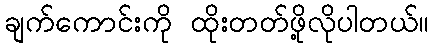
ချက်ကောင်းကို ထိုးတတ်ဖို့လိုပါတယ်။